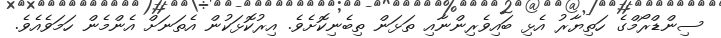
ސިންޑްރޯމްގެ ހަތިޔާރު އެޅި ބައިވެރިންނާއި ތަޅަން ތިބެނިކޮށެވެ. އިރުކޮޅަކުން އެތަނަށް އެންމެން ހަމަވެއެވެ.